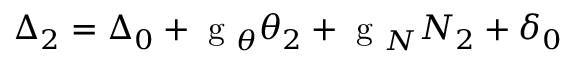
\Delta _ { 2 } = \Delta _ { 0 } + \mathrm { ~ g ~ } _ { \theta } \theta _ { 2 } + \mathrm { ~ g ~ } _ { N } N _ { 2 } + \delta _ { 0 }